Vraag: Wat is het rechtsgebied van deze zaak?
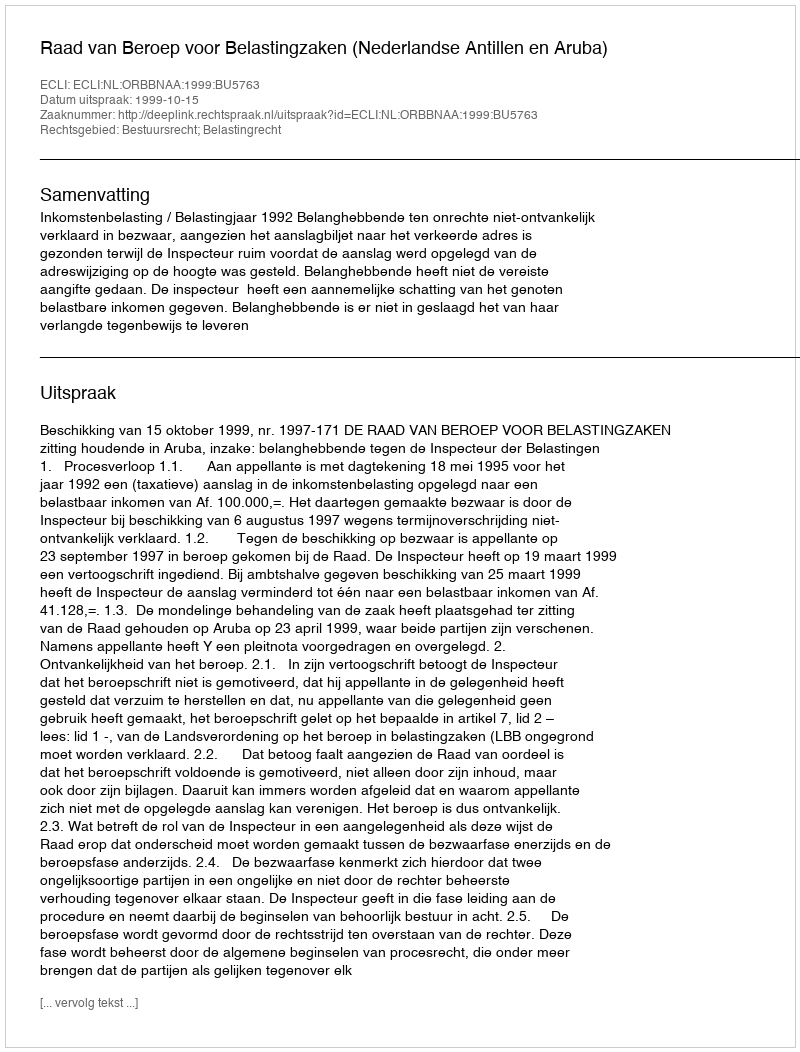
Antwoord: Bestuursrecht; Belastingrecht